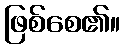
ဖြစ်စေ၏။